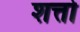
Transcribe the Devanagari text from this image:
शत्तो